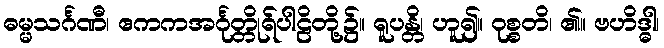
ဓမ္မသင်္ဂဏီ၊ ဧကကအင်္ဂုတ္တိုရ်ပါဠိတို့၌။ ရူပန္တိ၊ ဟူ၍။ ဝုစ္စတိ၊ ၏။ ဗဟိဒ္ဓါ၊